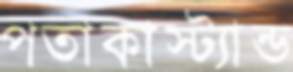
পতাকাস্ট্যান্ড